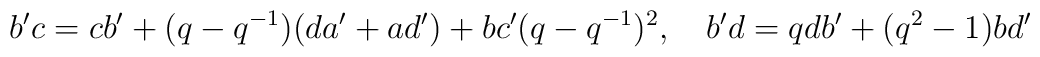
b'c=cb'+(q-q^{-1})(da'+ad')+bc'(q-q^{-1})^2, \quad b'd=qdb'+(q^2-1)bd'